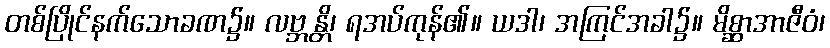
တစ်ပြိုင်နက်သောခဏ၌။ လဗ္ဘန္တိ၊ ရအပ်ကုန်၏။ ယဒါ၊ အကြင်အခါ၌။ မိစ္ဆာအာဇီဝံ၊